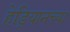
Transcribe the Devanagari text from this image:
हेड्रियानच्या